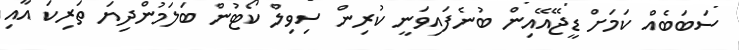
ސަބަބެއް ކަމަށް ޑީޖޭއޭއިން ބުނެފައިވަނީ ކުރިން ސިވިލް ކޯޓުން ބަލަމުންދިޔަ ތަރިކަ އާއި